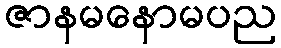
ဇာနမနောမပည